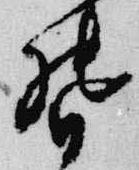
督